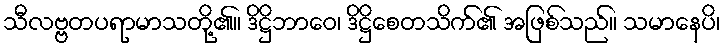
သီလဗ္ဗတပရာမာသတို့၏။ ဒိဋ္ဌိဘာဝေ၊ ဒိဋ္ဌိစေတသိက်၏ အဖြစ်သည်။ သမာနေပိ၊